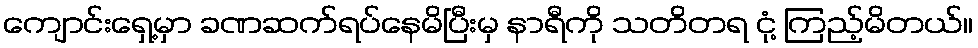
ကျောင်းရှေ့မှာ ခဏဆက်ရပ်နေမိပြီးမှ နာရီကို သတိတရ ငုံ့ ကြည့်မိတယ်။